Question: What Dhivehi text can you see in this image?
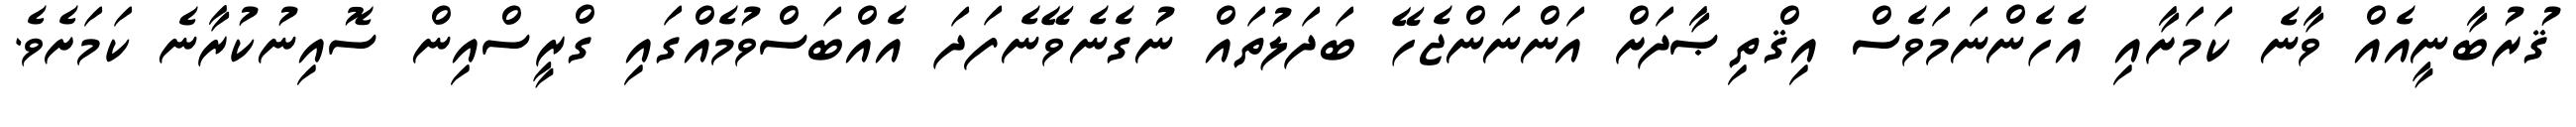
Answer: ޤުރުބާނީއެއް ވާނެ ކަމަށާއި އެހެންނަމަވެސް އިޤްތިޞާދަށް އަންނަންޖެހޭ ބަދަލުތައް ނުގެނެވޭނެފަދަ އެއްބަސްވުމެއްގައި ގްރީސްއިން ސޮއިނުކުރާނެ ކަމަށެވެ.